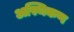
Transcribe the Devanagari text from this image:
अस्थिकण